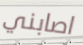
اصابني